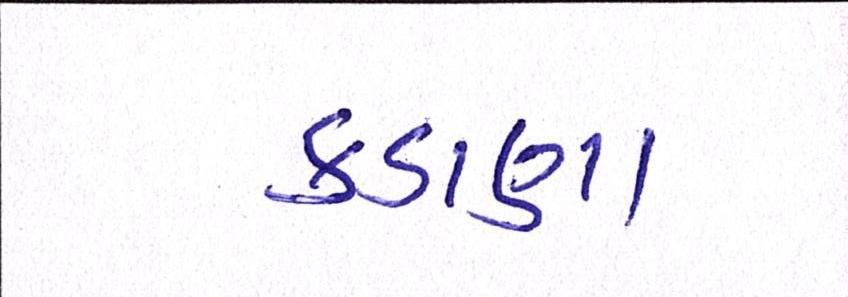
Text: કડાણા